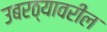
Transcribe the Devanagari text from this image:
उबरठ्यावरील